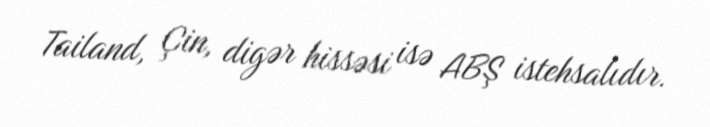
Tailand, Çin, digər hissəsi isə ABŞ istehsalıdır.